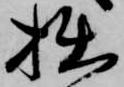
拙